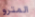
المترو